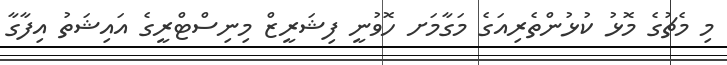
މި މެޗުގެ މޮޅު ކުޅުންތެރިއަގެ މަގާމަށ ހޮވުނީ ފިޝަރީޒް މިނިސްޓްރީގެ އައިޝަތު އިފާގާ